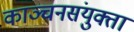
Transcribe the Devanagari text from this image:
काञ्चनसंयुक्तां